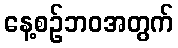
နေ့စဉ်ဘဝအတွက်